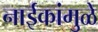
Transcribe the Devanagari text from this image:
नाईकांमुळे